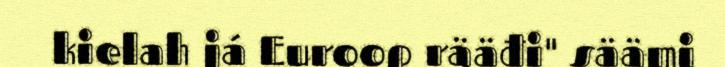
kielah já Euroop rääđi" säämi